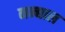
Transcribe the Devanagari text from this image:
नन्द्याल